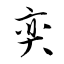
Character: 奕